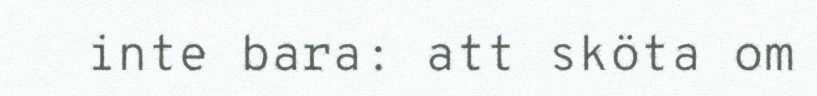
inte bara: att sköta om